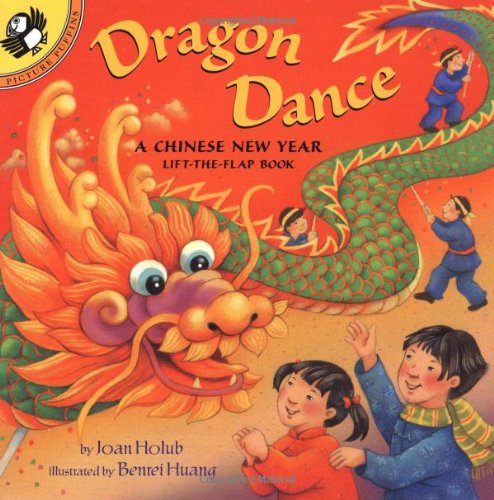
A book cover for Dragon Dance: a Chinese New Year LTF: A Chinese New Year Lift-the-Flap Book (Lift-the-Flap, Puffin); Joan Holub; Children's Books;